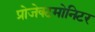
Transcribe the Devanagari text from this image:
प्रोजेक्टमोनिटर